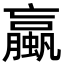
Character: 蠃